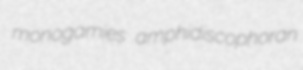
monogamies amphidiscophoran